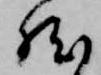
然